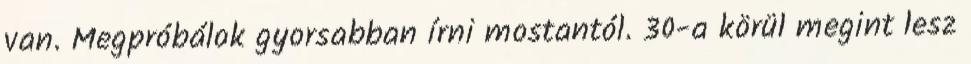
van. Megpróbálok gyorsabban írni mostantól. 30-a körül megint lesz